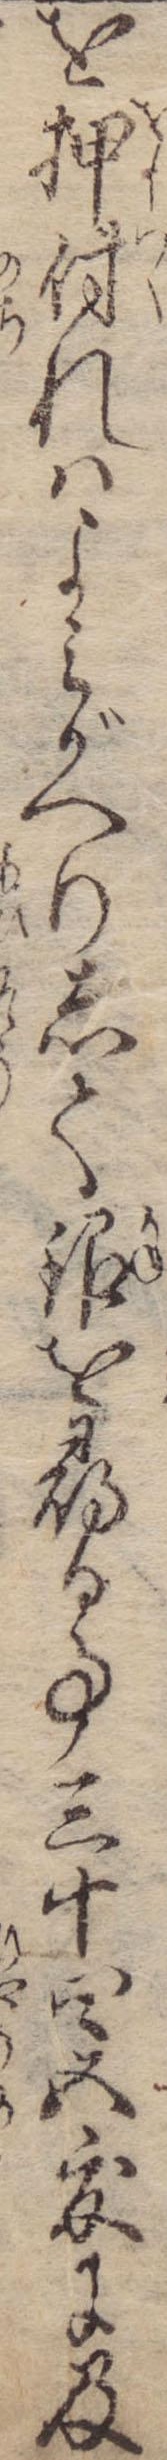
を押付れはよみがへりして銀を尋る事三十四五度に及